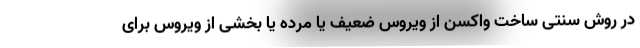
در روش سنتی ساخت واکسن از ویروس ضعیف یا مرده یا بخشی از ویروس برای